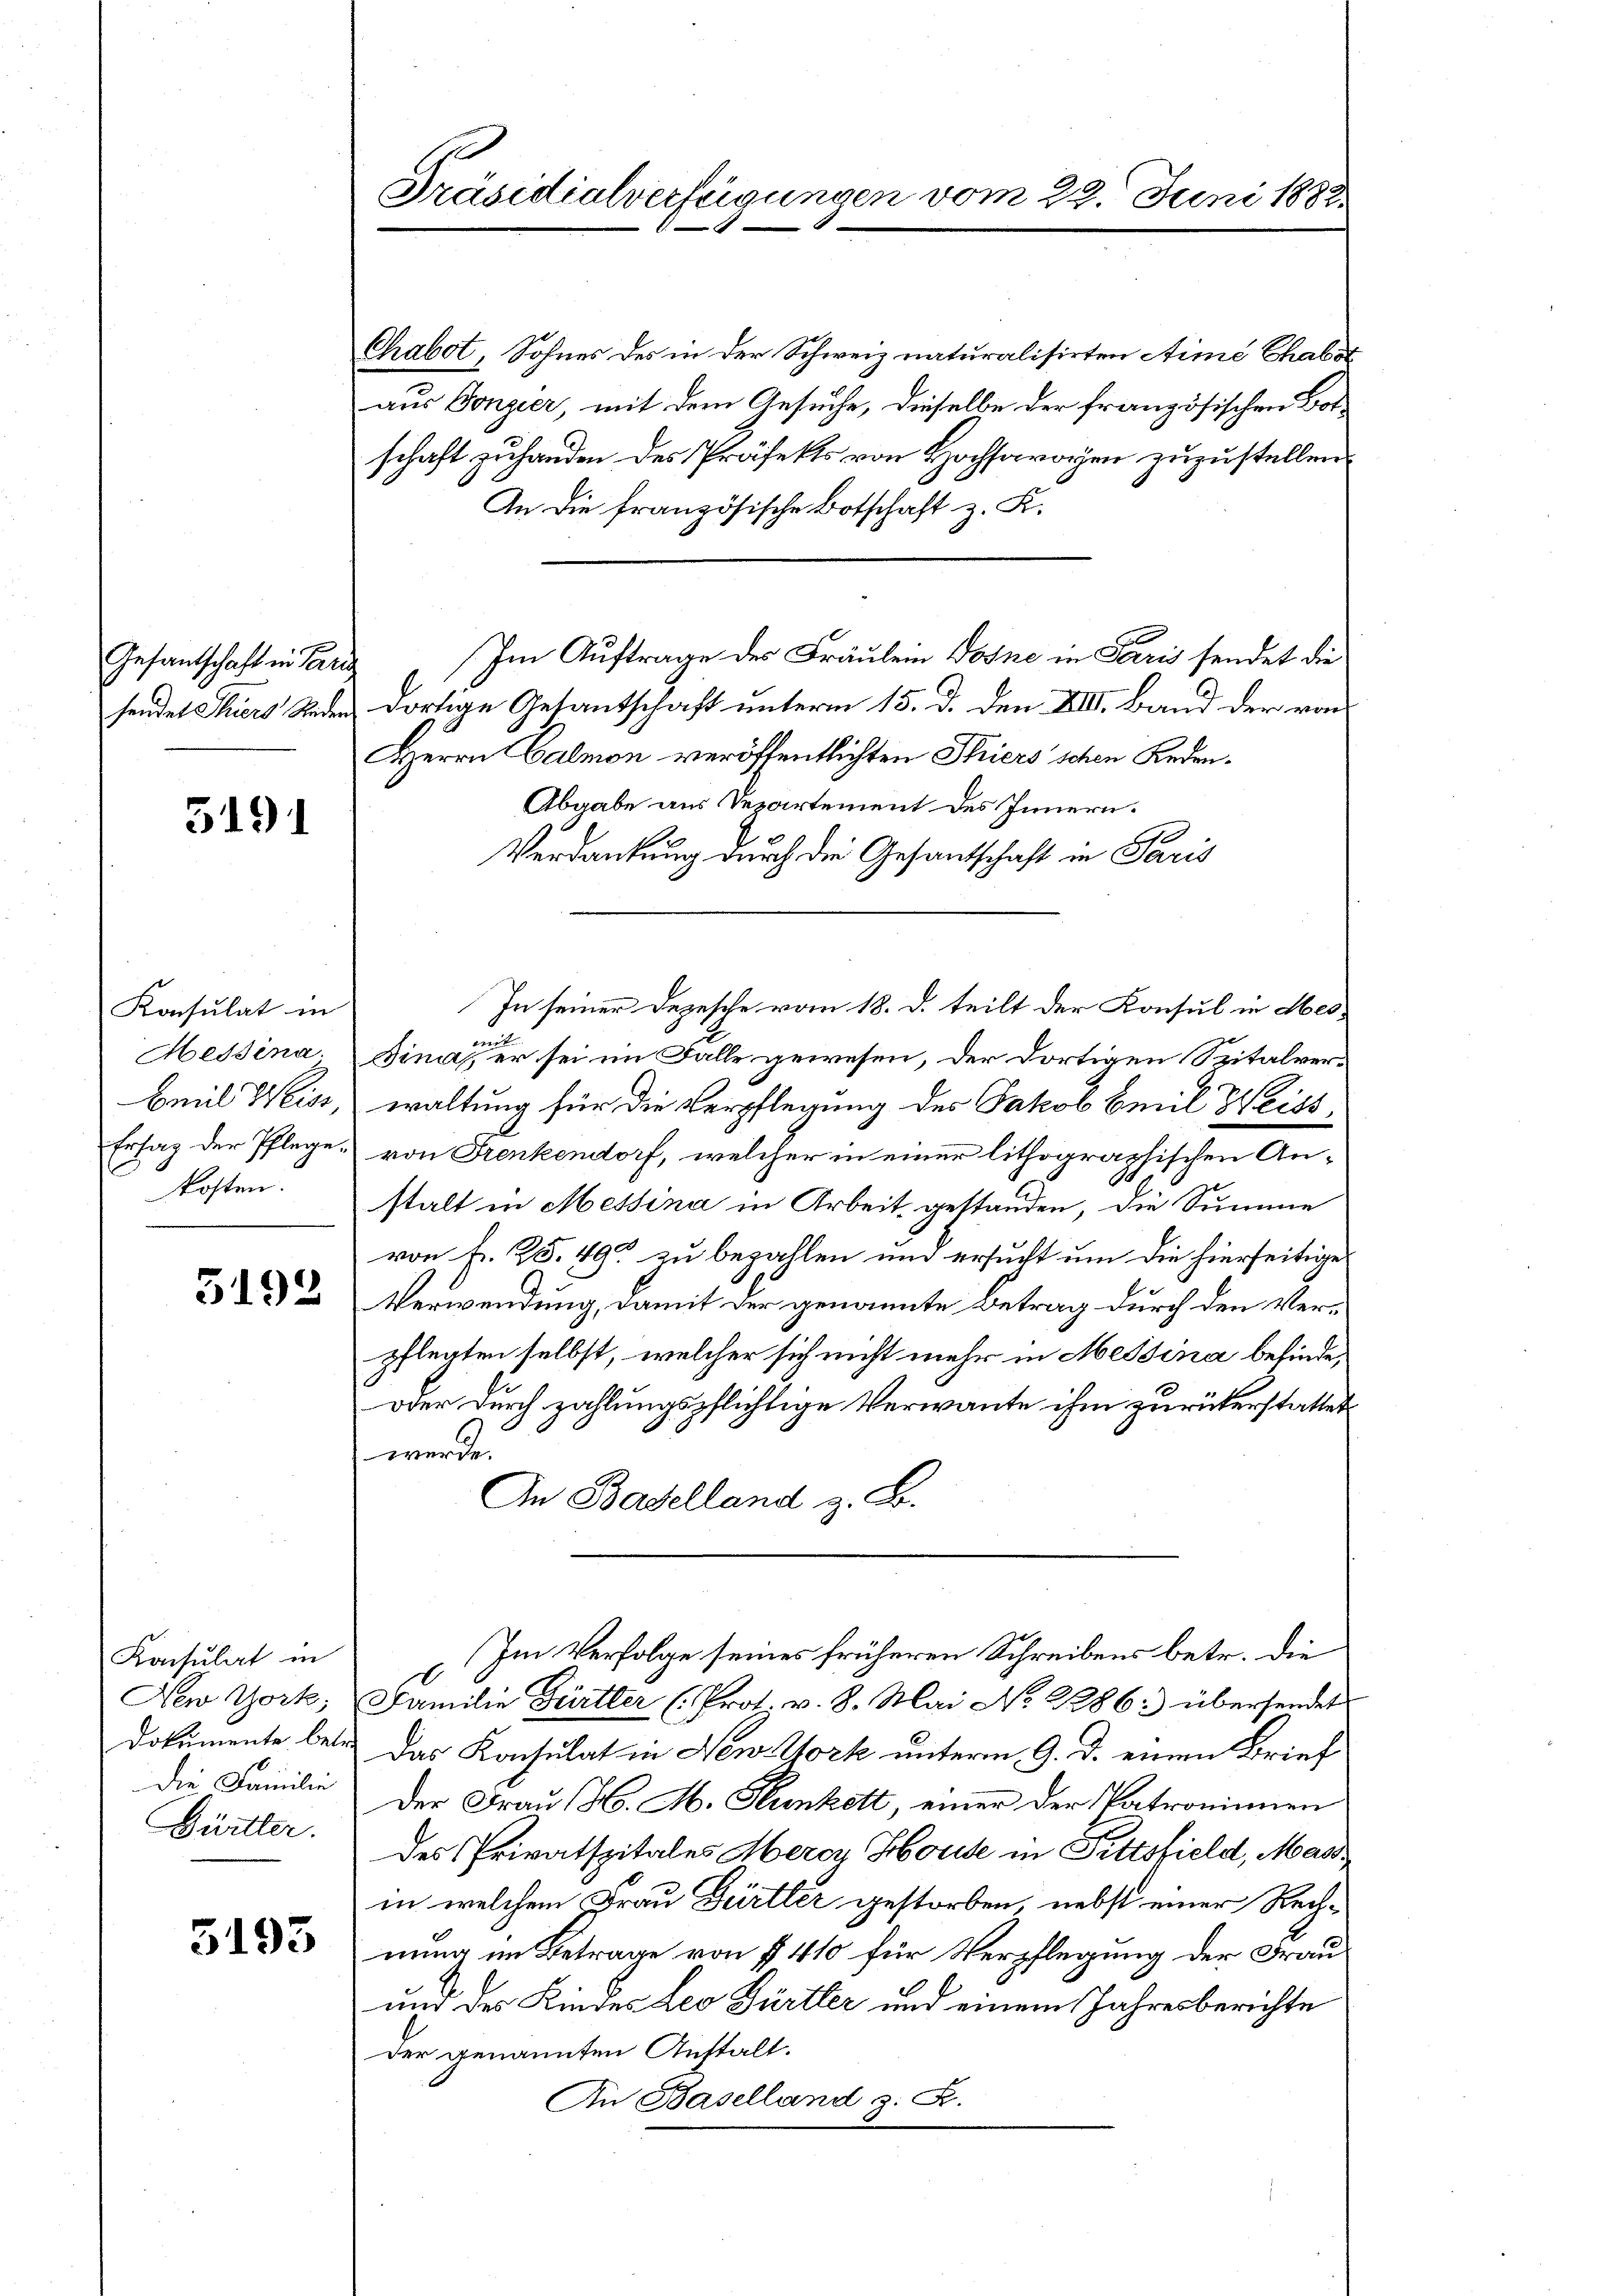
Gesandtschaft in Paris
hander Thiers Reden

5191

Konsulat in
Hessina
Bmil Weiss,
Erlag der Pflege.
kosten.

3192

Konsulat in
New York,
Dokumente betr.
Die Familie
Dürtter.

5193

Präsidialverfeigungen vom 22. Juni 1883

Chabot, Sohnes des in der Schweiz naturalisirten Atimé Chabst
aus Gonzier, mit dem Gesuche, dieselbe der französischen Botschaft zuhanden des Präsekts von Hochsavoyen zuzustellen.
An die französische Botschaft z. K.
Im Auftrage des Fräulein Dosne in Paris sendet die
dortige Gesantschaft unterm 15. d. den XIII. Band der von
Herrn Calmon veröffentlichten Thiers schen Reden¬
Abgabe aus Separtement des Innern.
Verdankung durch die Gesandtschaft in Paris
In seiner Depesche vom 18. d. teilt der Konsul in Mes¬
Dinas, er sei im Falle gewesen, der dortigen Spitalverwaltung für die Verpflegung des Jakob beil Weissvon Frenkendorf, welcher in einer lithographischen Anstalt in Messina in Arbeit gestanden, die Summe
von fr. 25. 49. zu bezahlen und ersucht um die hierseitige
Verwendung, damit der genannte Betrag durch den Verpflegten selbst, welcher sich nicht mehr in Messina befinde
oder durch zahlungspflichtige Verwante ihm zurückerstattet,
werde.
An Baselland z. B.
Im Verfolge seines früheren Schreibens betr. die
.
Familie Gärtler (Prot. v. 8. Mai No 21286: übersendet
Das Konsulat in New York unterm 9. d. einen Brief
Der Frau (H. M. Hunkett, einer der Patroninnen
des Privatspitales Meroy House in Fittsfield, Mart
in welchem Frau Dürtler gestorben, nebst einer Rechnung im Betrage von § 410 für Verpflegung der Frau
und des Kindes Leo Gürtler und einem Jahresberichte
Der genannten Anstalt.
An Baselland z. B.